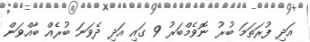
އަދި ފުރަތަމަ ބުރު ނޮވެމްބަރު 9 ގައި އަދި ދެވަނަ ބުރެއް ބާއްވަން